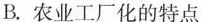
B.农业工厂化的特点